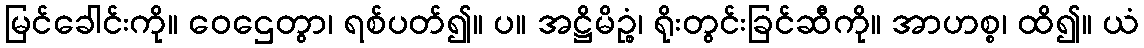
မြင်ခေါင်းကို။ ဝေဌေတွာ၊ ရစ်ပတ်၍။ ပ။ အဋ္ဌိမိဉ္စံ၊ ရိုးတွင်းခြင်ဆီကို။ အာဟစ္စ၊ ထိ၍။ ယံ